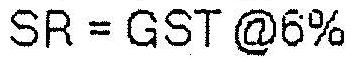
SR = GST @6%